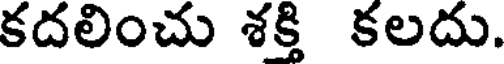
కదలించు శక్తి కలదు.